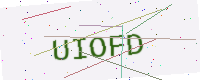
Text: UIOFD